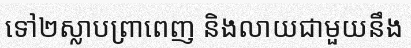
ទៅ២ស្លាបព្រាពេញ និងលាយជាមួយនឹង